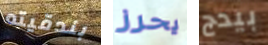
بندقيته يحرز بيدج